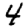
Digit: 4